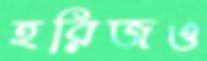
হরিজও